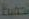
لحصة